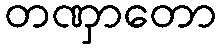
တဏှာတော